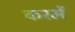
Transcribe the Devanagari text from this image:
करमें